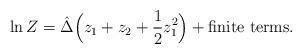
LaTeX: \begin{align*}\ln Z = \hat\Delta \Big(z_1 + z_2 + \frac{1}{2} z_1^2\Big)+\mbox{finite terms}.\end{align*}